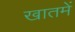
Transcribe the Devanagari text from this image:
खातमें